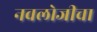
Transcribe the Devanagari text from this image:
नवलोजीचा